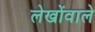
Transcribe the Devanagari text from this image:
लेखोंवाले